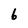
Character: 6